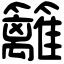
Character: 籬